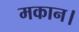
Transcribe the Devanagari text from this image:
मकान।